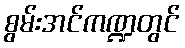
စွမ်းအင်ကဏ္ဍတွင်